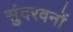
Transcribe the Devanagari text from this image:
सुंदरवनों